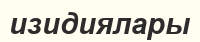
изидиялары